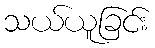
သယ်ယူခြင်း